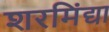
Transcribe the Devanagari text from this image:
शरमिंद्या